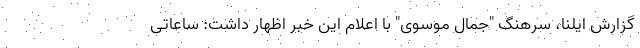
گزارش ایلنا، سرهنگ "جمال موسوی" با اعلام این خبر اظهار داشت: ساعاتی